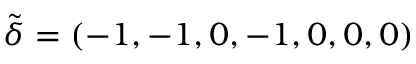
\tilde { \boldsymbol { \delta } } = ( - 1 , - 1 , 0 , - 1 , 0 , 0 , 0 )